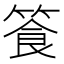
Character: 篒